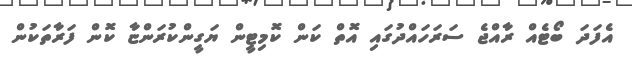
އެފަދަ ބޯޓެއް ރާއްޖެ ސަރަހައްދުގައި އޮތް ކަން ކޮމިޓީން ޔަގީންކުރަންޏާ ކޮން ފަރާތަކުން